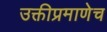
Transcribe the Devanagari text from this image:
उक्तीप्रमाणेच